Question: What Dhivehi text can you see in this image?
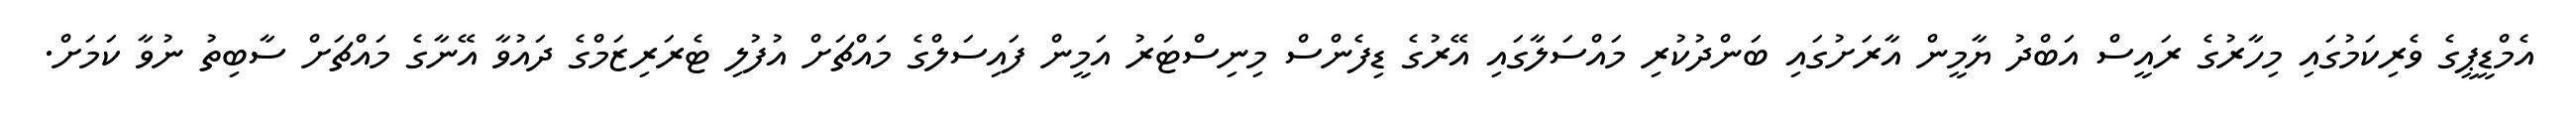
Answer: އެމްޑީޕީގެ ވެރިކަމުގައި މިހާރުގެ ރައީސް އަބްދު ޔާމީން އާރަށުގައި ބަންދުކުރި މައްސަލާގައި އޭރުގެ ޑިފެންސް މިނިސްޓަރު އަމީން ފައިސަލްގެ މައްޗަށް އުފުލި ޓެރަރިޒަމްގެ ދައުވާ އޭނާގެ މައްޗަށް ސާބިތު ނުވާ ކަމަށް.